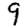
Digit: 9